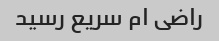
راضی ام سریع رسید